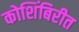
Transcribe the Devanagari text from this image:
कोशिंबिरीत